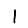
Digit: 1